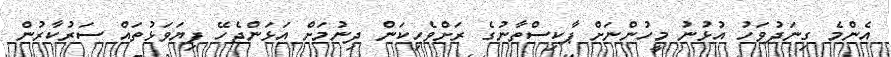
އެންމެ ގިނަދުވަހު އުޅުނު މީހުންނަށް ޕާކިސްތާނުގެ ރަށްވެހިކަން ދިނުމަށް އަޅަންޖެހޭ ފިޔަވަޅުތައް ސަރުކާރުން